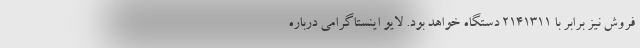
فروش نیز برابر با 2141311 دستگاه خواهد بود. لایو اینستاگرامی درباره